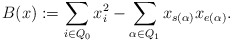
\begin{align*}B(x) := \sum\limits_{i \in Q_0} x_i^2 - \sum\limits_{\alpha \in Q_1}x_{s(\alpha)} x_{e(\alpha)}.\end{align*}